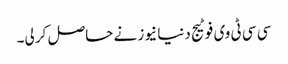
سی سی ٹی وی فوٹیج دنیا نیوز نے حاصل کر لی۔